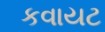
કવાયટ